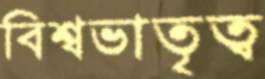
বিশ্বভাতৃত্ব